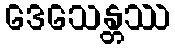
ဒေသေန္တဿ